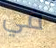
في